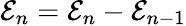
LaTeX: \mathcal{E}_{n}=\mathcal{E}_{n}-\mathcal{E}_{n-1}